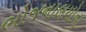
ભોજનાલયોના